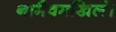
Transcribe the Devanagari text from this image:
नामैवमखिलं।